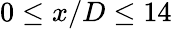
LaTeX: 0\le x/D\le 14